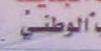
ألوطني